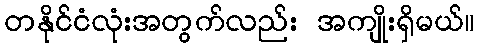
တနိုင်ငံလုံးအတွက်လည်း အကျိုးရှိမယ်။